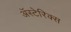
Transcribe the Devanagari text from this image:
अॅस्टेरिक्स